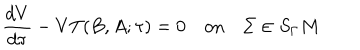
LaTeX: \frac { d V } { d \tau } - V T ( B , A ; \tau ) = 0 \quad \mathrm { o n } \quad \Sigma \in S _ { \Gamma } M